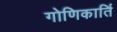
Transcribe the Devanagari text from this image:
गोणिकार्ति